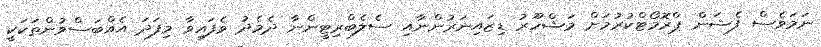
ނަމަވެސް ފެޝަން ޕްރޮމޯޓްކުރުމަށް މަޝްހޫރު ޑިޒައިނަރުންނާއި ސެލެބްރިޓީންނާ ދެމެދު ވެފައިވާ މިފަދަ އެއްބަސްވުންތަކަކީ